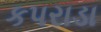
કપરાડા